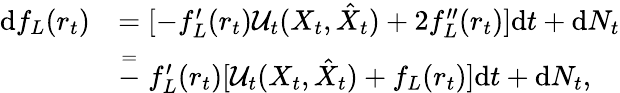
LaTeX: \begin{array}{rl}{\mathrm{d}f_{L}(r_{t})}&{=[-f_{L}^{\prime}(r_{t})\mathcal{U}_{t}(X_{t},\hat{X}_{t})+2f_{L}^{\prime\prime}(r_{t})]\mathrm{d}t+\mathrm{d}N_{t}}\\ &{\stackrel{=}-f_{L}^{\prime}(r_{t})[\mathcal{U}_{t}(X_{t},\hat{X}_{t})+f_{L}(r_{t})]\mathrm{d}t+\mathrm{d}N_{t},}\end{array}